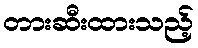
တားဆီးထားသည့်